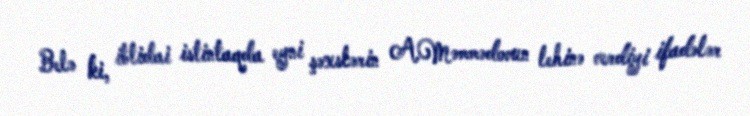
Belə ki, ibtidai istintaqda eyni şəxslərin A.Məmmədovun lehinə verdiyi ifadələr